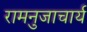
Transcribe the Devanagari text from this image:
रामनुजाचार्य